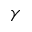
\gamma